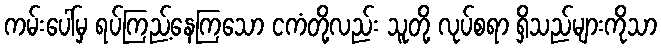
ကမ်းပေါ်မှ ရပ်ကြည့်နေကြသော ငကံတို့လည်း သူတို့ လုပ်စရာ ရှိသည်များကိုသာ